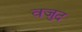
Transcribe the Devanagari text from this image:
वजुद